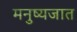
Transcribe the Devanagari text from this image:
मनुष्यजात